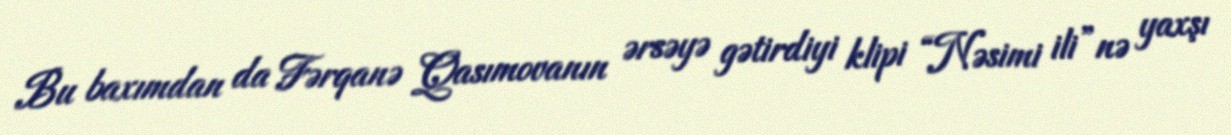
Bu baxımdan da Fərqanə Qasımovanın ərsəyə gətirdiyi klipi “Nəsimi ili”nə yaxşı